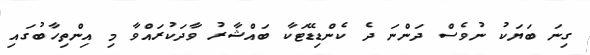
ގިނަ ބަޔަކު ނުވެސް ދަންނަ ދެ ކެންޑިޑޭޓަކާ ބައްޝާރު ވާދަކުރައްވާ މި އިންތިހާބުގައި